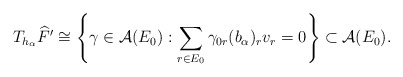
\begin{align*}T_{h_{\alpha}}\widehat{F}'\cong\left\{\gamma\in\mathcal{A}(E_{0}) : \sum_{r \in E_0}\gamma_{0r}(b_{\alpha})_{r}v_{r}=0\right\} \subset \mathcal A(E_0).\end{align*}